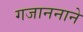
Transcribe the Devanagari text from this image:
गजाननाने